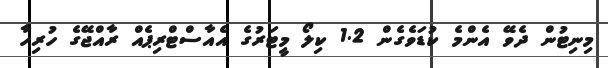
މިނިޓުން ދެވޭ އެންމެ ކުޑަވެގެން 1.2 ކިލޯ މީޓަރުގެ އެއާސްޓްރިޕެއް ރާއްޖޭގެ ހުރިހާ